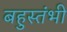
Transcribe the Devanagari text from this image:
बहुस्तंभी